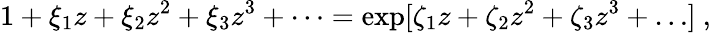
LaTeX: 1+\xi_{1}z+\xi_{2}z^{2}+\xi_{3}z^{3}+\dots=\exp[\zeta_{1}z+\zeta_{2}z^{2}+\zeta_{3}z^{3}+\dots]\mathrm{~,~}